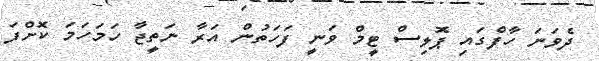
ދެވަނަ ހާފްގައި ޕޮލިސް ޓީމް ވަނީ ފަހަތުން އަރާ ނަތީޖާ ހަމަހަމަ ކޮށްފަ